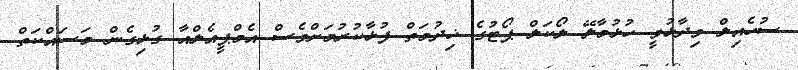
ސުހެއިލް ވިދާޅުވީ ހުޅުމާލޭ ލޯކަލް ޕޯޓުގެ ޚިދުމަތް ފުޅާކުރުމަށްވެސް އެމްޕީއެލްއާ ގުޅިގެން މަސައްކަތް